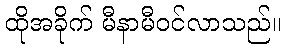
ထိုအခိုက် မီနာမီဝင်လာသည်။